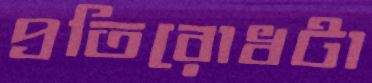
প্রতিরোধটা